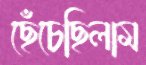
ছেঁচেছিলাম